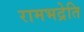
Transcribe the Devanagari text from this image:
रामभद्रेति